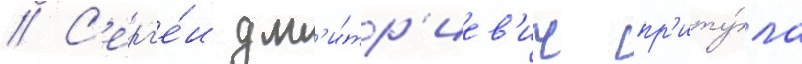
// С'ерг'е́и дм'и́тр'иев'ич пр'иту́ла